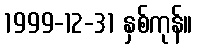
1999-12-31 နှစ်ကုန်။